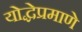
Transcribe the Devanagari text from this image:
योद्धेप्रमाणे